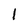
Character: l